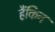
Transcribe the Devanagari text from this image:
हैंकिन